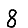
Digit: 8